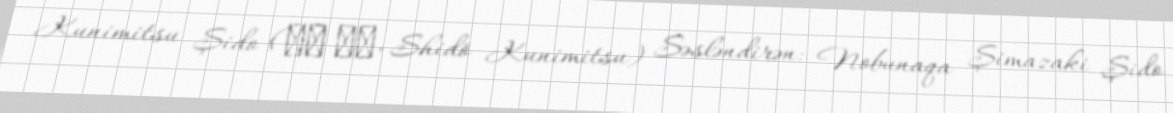
Kunimitsu Şido (獅童 国光, Shidō Kunimitsu) Səsləndirən: Nobunaqa Şimazaki Şido